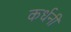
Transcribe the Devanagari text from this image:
कर्धनी